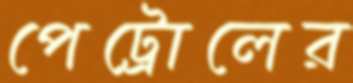
পেট্রোলের